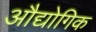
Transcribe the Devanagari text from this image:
अौद्योगिक